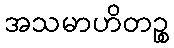
အသမာဟိတဉ္စ